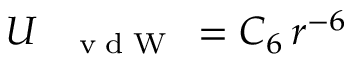
U _ { \mathrm { ~ \tiny ~ \textnormal ~ { ~ v ~ d ~ W ~ } ~ } } = C _ { 6 } \, r ^ { - 6 }